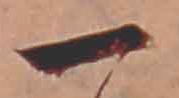
一